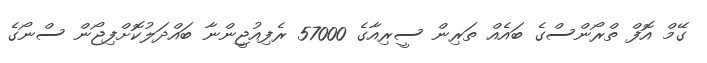
ގޭމް އޮފް ތްރޯންސްގެ ބައެއް ތަރިން ސީރިއާގެ 57000 ރެފިއުޖީންނާ ބައްދަލުކޮށްފިޖޯން ސްނޯގެ